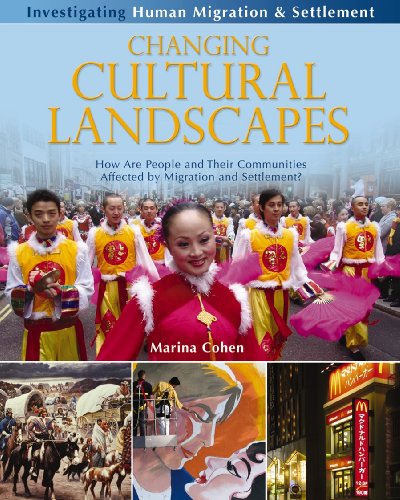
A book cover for Changing Cultural Landscapes: How Are People and Their Communities Affected by Migration and Settlement? (Investigating Human Migration & Settlement); Marina Cohen; Children's Books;